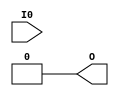
// This program was cloned from: https://github.com/Digital-EDA/Digital-IDE
// License: MIT License

(* abc9_lut=1, lib_whitebox *)
module LUT1 (
  output O,
  input I0
);
  parameter [1:0] INIT = 0;
  parameter EQN = "(I0)";

  // These timings are for PolarPro 3E; other families will need updating.
  specify
    (I0 => O) = 698; // FS -> FZ
  endspecify

  assign O = I0 ? INIT[1] : INIT[0];
endmodule

//               TZ        TSL TAB
(* abc9_lut=2, lib_whitebox *)
module LUT2 (
  output O,
  input I0, I1
);
  parameter [3:0] INIT = 4'h0;
  parameter EQN = "(I0)";

  // These timings are for PolarPro 3E; other families will need updating.
  specify
    (I0 => O) = 1251; // TAB -> TZ
    (I1 => O) = 1406; // TSL -> TZ
  endspecify

  wire [1:0] s1 = I1 ? INIT[3:2] : INIT[1:0];
  assign O = I0 ? s1[1] : s1[0];
endmodule

(* abc9_lut=2, lib_whitebox *)
module LUT3 (
  output O,
  input I0, I1, I2
);
  parameter [7:0] INIT = 8'h0;
  parameter EQN = "(I0)";

  // These timings are for PolarPro 3E; other families will need updating.
  specify
    (I0 => O) = 1251; // TAB -> TZ
    (I1 => O) = 1406; // TSL -> TZ
    (I2 => O) = 1699; // ('TA1', 'TA2', 'TB1', 'TB2') -> TZ
  endspecify

  wire [3:0] s2 = I2 ? INIT[7:4] : INIT[3:0];
  wire [1:0] s1 = I1 ? s2[3:2] : s2[1:0];
  assign O = I0 ? s1[1] : s1[0];
endmodule

(* abc9_lut=4, lib_whitebox *)
module LUT4 (
  output O,
  input I0, I1, I2, I3
);
  parameter [15:0] INIT = 16'h0;
  parameter EQN = "(I0)";

  // These timings are for PolarPro 3E; other families will need updating.
  specify
    (I0 => O) = 995;  // TBS -> CZ
    (I1 => O) = 1437; // ('TAB', 'BAB') -> CZ
    (I2 => O) = 1593; // ('TSL', 'BSL') -> CZ
    (I3 => O) = 1887; // ('TA1', 'TA2', 'TB1', 'TB2', 'BA1', 'BA2', 'BB1', 'BB2') -> CZ
  endspecify

  wire [7:0] s3 = I3 ? INIT[15:8] : INIT[7:0];
  wire [3:0] s2 = I2 ? s3[7:4] : s3[3:0];
  wire [1:0] s1 = I1 ? s2[3:2] : s2[1:0];
  assign O = I0 ? s1[1] : s1[0];
endmodule